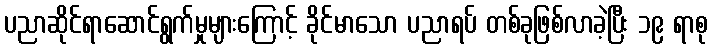
ပညာဆိုင်ရာဆောင်ရွက်မှုများကြောင့် ခိုင်မာသော ပညာရပ် တစ်ခုဖြစ်လာခဲ့ပြီး ၁၉ ရာစု